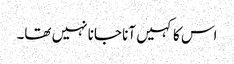
اس کا کہیں آنا جانا نہیں تھا۔